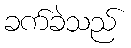
ခက်ခဲသည်